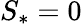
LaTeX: S_{*}=0